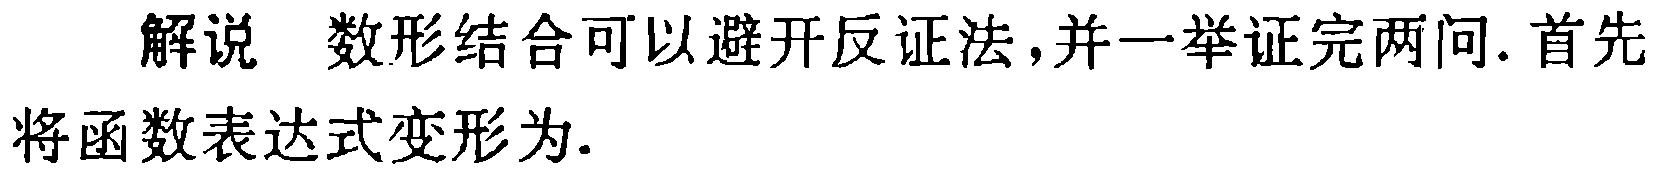
解说 数形结合可以避开反证法,并一举证完两问.首先将函数表达式变形为.